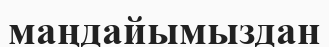
маңдайымыздан